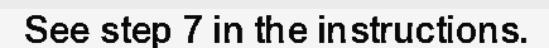
See step 7 in the instructions.